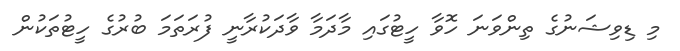
މި ޑިވިޝަނުގެ ތިންވަނަ ހޮވާ ހީޓުގައި މާދަމާ ވާދަކުރާނީ ފުރަތަމަ ބުރުގެ ހީޓުތަކުން